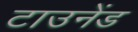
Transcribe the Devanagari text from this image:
टाउनेंड